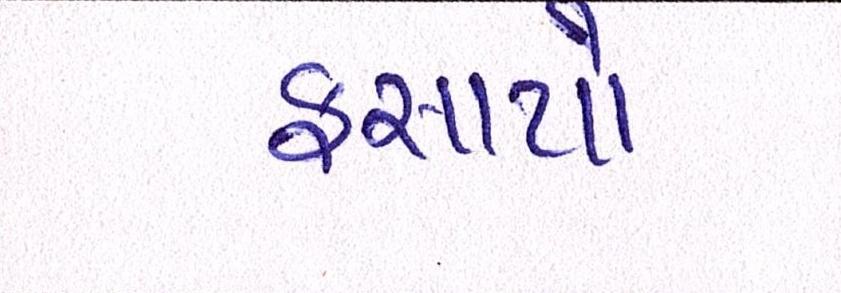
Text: ફસાયો